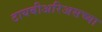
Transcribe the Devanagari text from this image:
टायबीअरिअसच्या